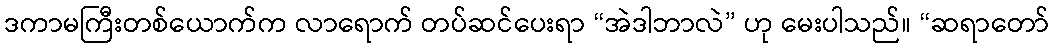
ဒကာမကြီးတစ်ယောက်က လာရောက် တပ်ဆင်ပေးရာ “အဲဒါဘာလဲ” ဟု မေးပါသည်။ “ဆရာတော်